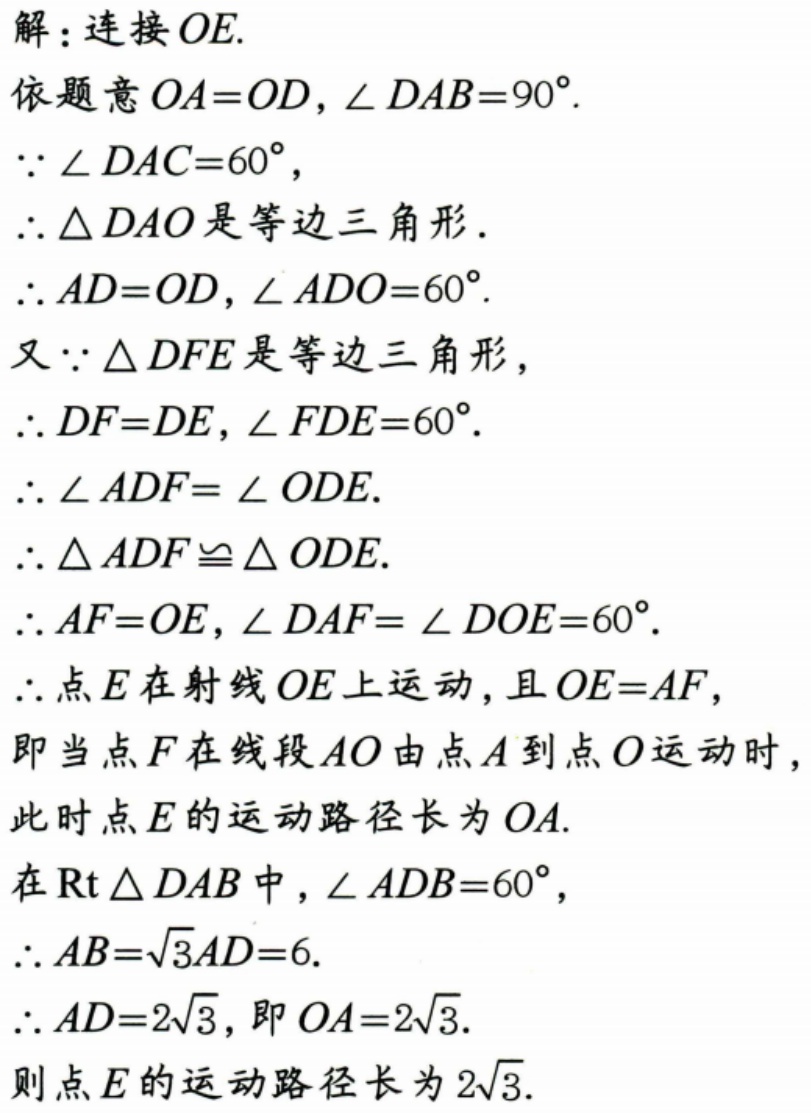
解：连接 \(OE\).
依题意 \(OA = OD\)，\(\angle DAB = 90^{\circ}\).
\(\because \angle DAC = 60^{\circ}\)，
\(\therefore \triangle DAO\) 是等边三角形.
\(\therefore AD = OD\)，\(\angle ADO = 60^{\circ}\).
又 \(\because \triangle DFE\) 是等边三角形，
\(\therefore DF = DE\)，\(\angle FDE = 60^{\circ}\).
\(\therefore \angle ADF=\angle ODE\).
\(\therefore \triangle ADF\cong \triangle ODE\).
\(\therefore AF = OE\)，\(\angle DAF=\angle DOE = 60^{\circ}\).
\(\therefore\) 点 \(E\) 在射线 \(OE\) 上运动，且 \(OE = AF\)，
即当点 \(F\) 在线段 \(AO\) 由点 \(A\) 到点 \(O\) 运动时，
此时点 \(E\) 的运动路径长为 \(OA\).
在 \(\text{Rt}\triangle DAB\) 中，\(\angle ADB = 60^{\circ}\)，
\(\therefore AB = \sqrt{3}AD = 6\).
\(\therefore AD = 2\sqrt{3}\)，即 \(OA = 2\sqrt{3}\).
则点 \(E\) 的运动路径长为 \(2\sqrt{3}\).